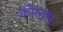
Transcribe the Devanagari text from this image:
कोलम्